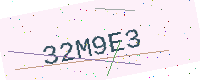
Text: 32M9E3